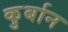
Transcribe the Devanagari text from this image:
कु़र्बान